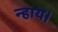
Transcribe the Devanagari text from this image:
न्हाय।